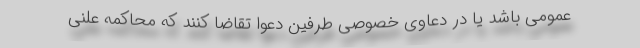
عمومی باشد یا در دعاوی خصوصی طرفین دعوا تقاضا کنند که محاکمه علنی